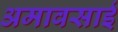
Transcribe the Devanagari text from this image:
अमावसाई